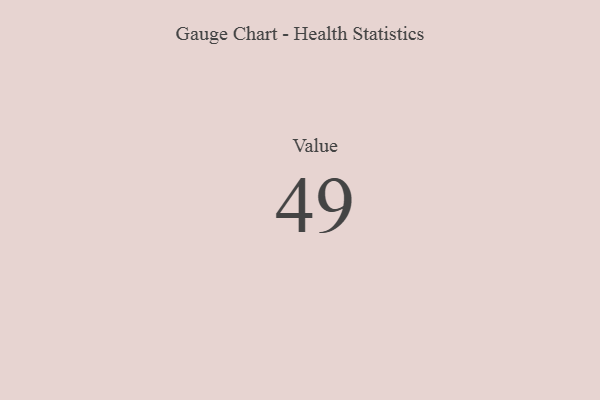
{"axis": {"x": "Metric", "y": "Value"}, "legend": [""], "data": [{"x": "Value", "y": 49, "type": ""}]}